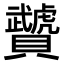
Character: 𧹁